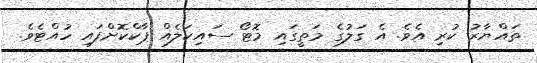
ތައްޔާރު ކުރި އެވެ. އެ ގަލުގެ މަތީގައި މޮޓޯ ސައިކަލެއް ޕާކްކޮށްފައި ހުއްޓެވެ.